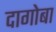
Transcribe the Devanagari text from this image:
दागोबा